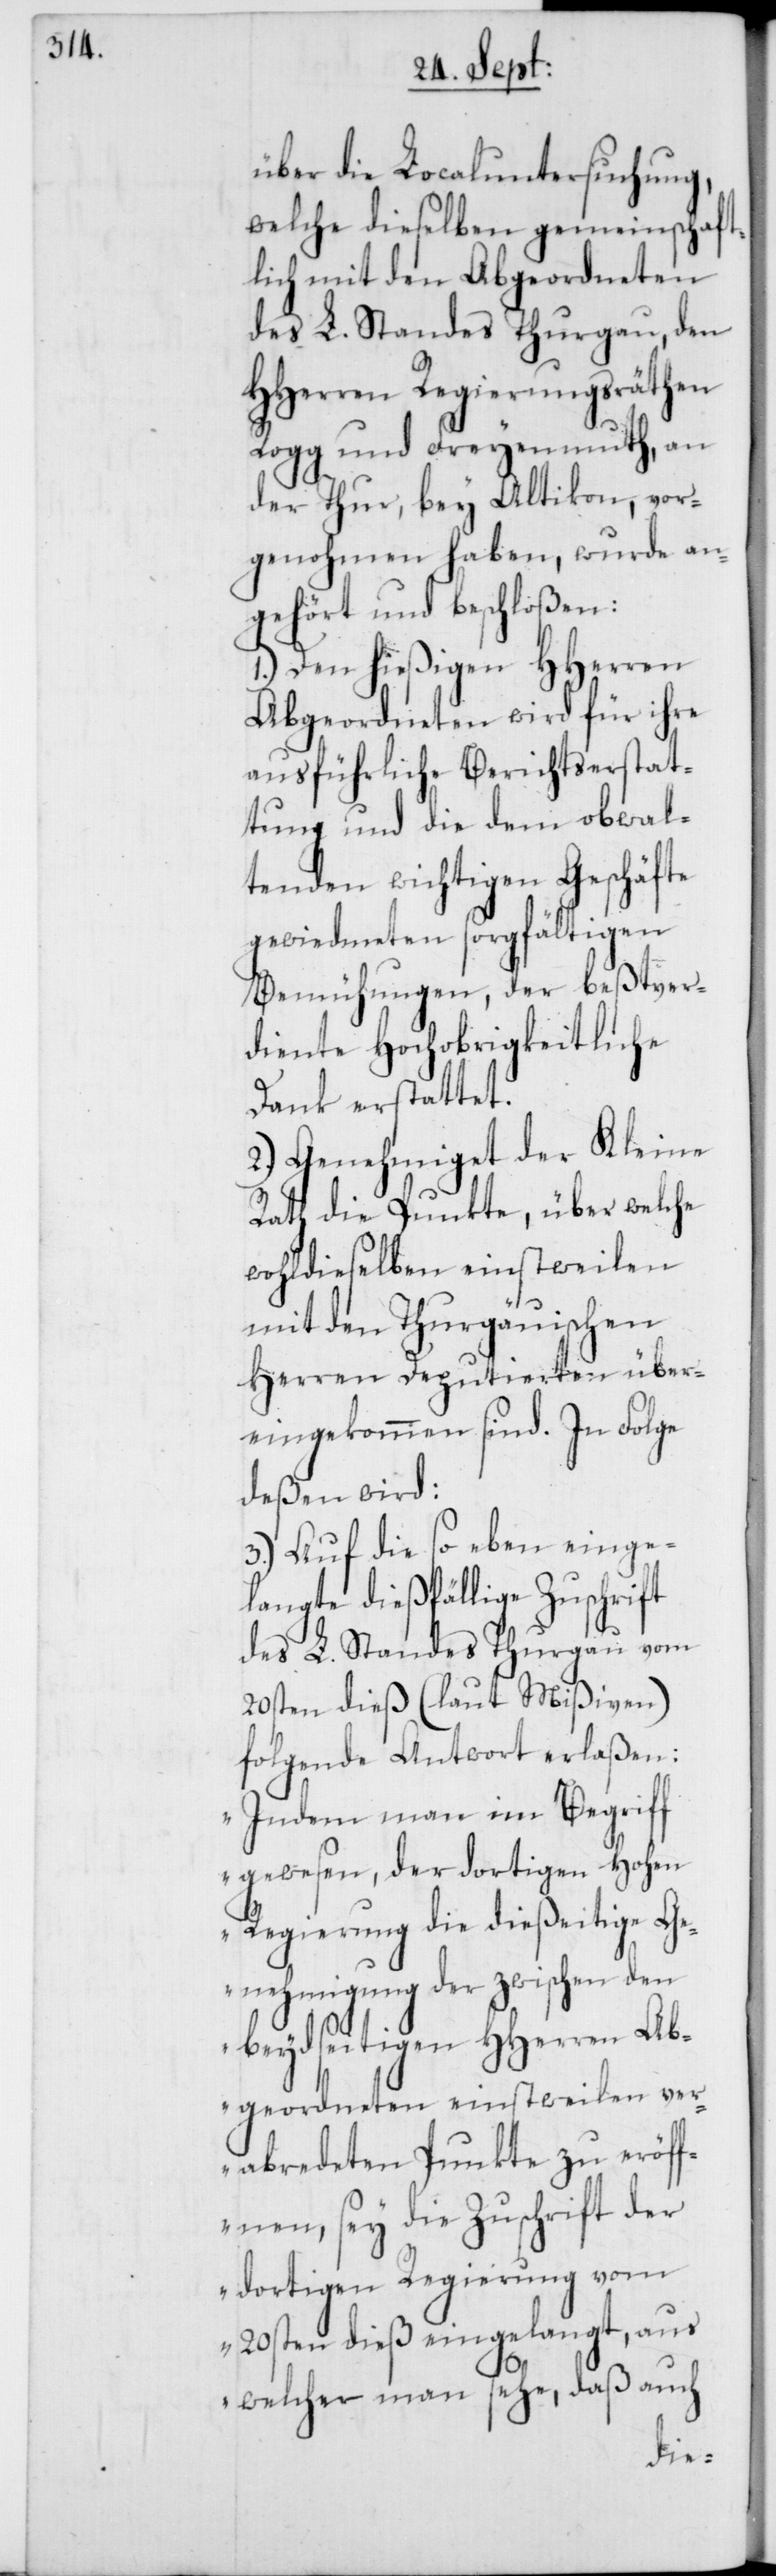
über die Localuntersuchung,
welche dieselben gemeinschaft¬
lich mit den Abgeordneten
des L. Standes Thurgau, den
HHerren Regierungsräthen
Rogg und Freyenmuth, an
der Thur bey Altikon, vor¬
genohmen haben, wurde an¬
gehört und beschloßen:
1.) Den hießigen HHerren
Abgeordneten wird für ihre
ausführliche Berichtserstat¬
tung und die dem obwal¬
tenden wichtigen Geschäfte
gewiedmeten sorgfältigen
Bemühungen, der beßtver¬
diente Hochobrigkeitliche
Dank erstattet.
2.) Genehmiget der Kleine
Rath die Punkte, über welche
wohldieselben einstweilen
mit den Thurgauischen
Herren Deputierten über¬
eingekommen sind. In Folge
deßen wird:
3.) Auf die so eben einge¬
langte dießfällige Zuschrift
des L. Standes Thurgau vom
20sten dieß (laut Mißiven)
folgende Antwort erlaßen:
„Indem man im Begriff
gewesen, der dortigen Hohen
Regierung die dießeitige Ge¬
nehmigung der zwischen den
beydseitigen HHerren Ab¬
geordneten einstweilen ver¬
abredeten Punkte zu eröff¬
nen, sey die Zuschrift der
dortigen Regierung vom
20sten dieß eingelangt, aus
welcher man sehe, daß auch